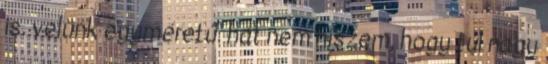
is. velünk egyméretű. hát nem hiszem, hogy túl nagy